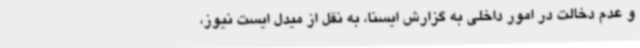
و عدم دخالت در امور داخلی به گزارش ایسنا، به نقل از میدل ایست نیوز،